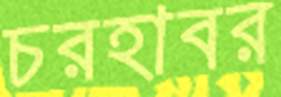
চরহাবর